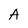
Character: A